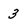
Character: 3